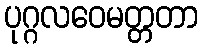
ပုဂ္ဂလဝေမတ္တတာ